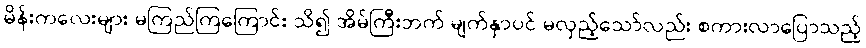
မိန်းကလေးများ မကြည်ကြကြောင်း သိ၍ အိမ်ကြီးဘက် မျက်နှာပင် မလှည့်သော်လည်း စကားလာပြောသည့်